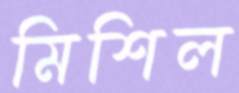
মিশিল